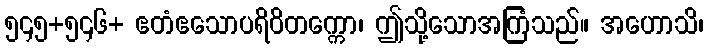
၅၄၅+၅၄၆+ ဧတံဧသောပရိဝိတက္ကော၊ ဤသို့သောအကြံသည်။ အဟောသိ၊